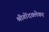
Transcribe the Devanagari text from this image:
श्रीगोंदवलेकर